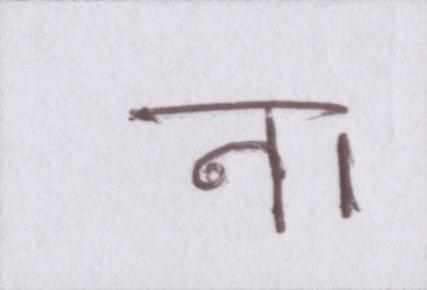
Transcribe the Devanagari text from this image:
न।